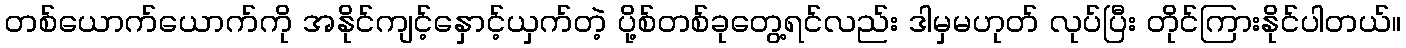
တစ်ယောက်ယောက်ကို အနိုင်ကျင့်နှောင့်ယှက်တဲ့ ပို့စ်တစ်ခုတွေ့ရင်လည်း ဒါမှမဟုတ် လုပ်ပြီး တိုင်ကြားနိုင်ပါတယ်။